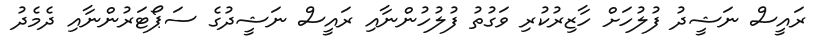
ރައީސް ނަޝީދު ފުލުހަށް ހާޒިރުކުރި ވަގުތު ފުލުހުންނާއި ރައީސް ނަޝީދުގެ ސަޕޯޓަރުންނާއި ދެމެދު